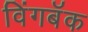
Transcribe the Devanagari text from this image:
विंगबॅक